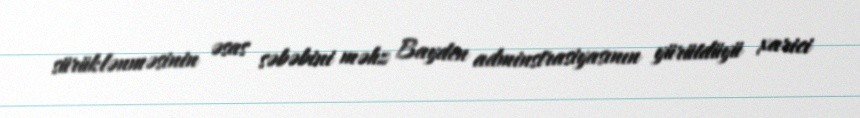
sürüklənməsinin əsas səbəbini məhz Bayden adminstrasiyasının yürütdüyü xarici